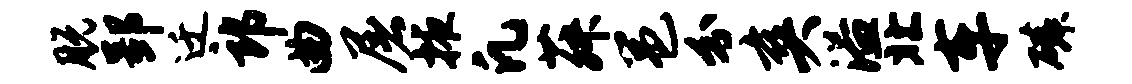
脱郢迁郎曲屠掖凡菽邕分爽溢北车磷